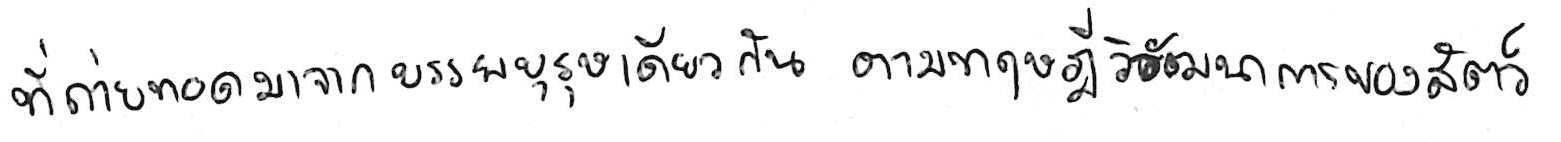
ที่ถ่ายทอดมาจากบรรพบุรุษเดียวกัน ตามทฤษฎีวิวัฒนาการของสัตว์